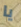
يا